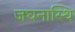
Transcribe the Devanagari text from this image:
जघनास्थि